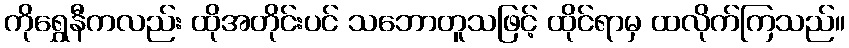
ကိုရွှေနီကလည်း ထိုအတိုင်းပင် သဘောတူသဖြင့် ထိုင်ရာမှ ထလိုက်ကြသည်။